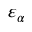
\varepsilon _ { \alpha }